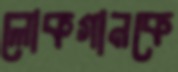
লোকগানকে